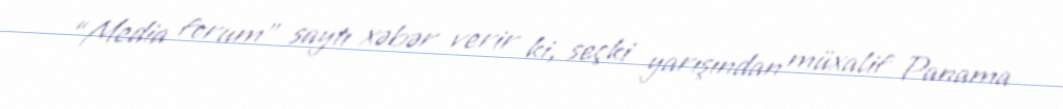
“Media forum” saytı xəbər verir ki, seçki yarışından müxalif Panama